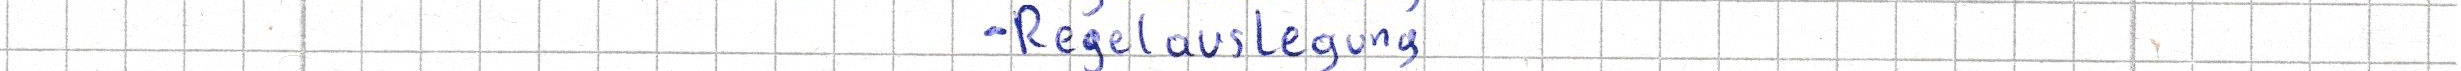
- Regelauslegung